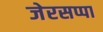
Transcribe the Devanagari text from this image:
जेरसप्पा